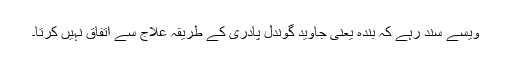
ویسے سند رہے کہ بندہ یعنی جاوید گوندل پادری کے طریقہ علاج سے اتفاق نہیں کرتا۔